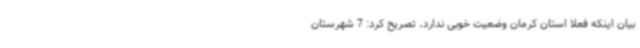
بیان اینکه فعلا استان کرمان وضعیت خوبی ندارد، تصریح کرد: 7 شهرستان